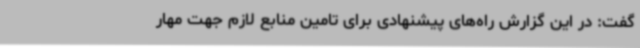
گفت: در این گزارش راه‌های پیشنهادی برای تامین منابع لازم جهت مهار